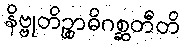
နိဗ္ဗုတိဉ္စာဓိဂစ္ဆတီတိ